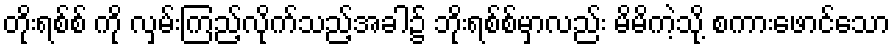
တိုးရစ်စ် ကို လှမ်းကြည့်လိုက်သည့်အခါ၌ ဘိုးရစ်စ်မှာလည်း မိမိကဲ့သို့ စကားဖောင်သော